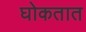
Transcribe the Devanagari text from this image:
घोकतात